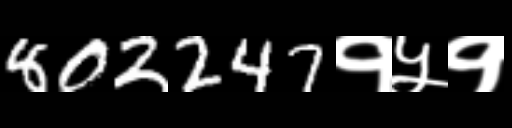
Text: 802247१५१